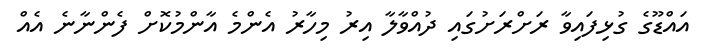
އައްޑޫގެ ގުޅިފައިވާ ރަށްރަށުގައި ދުއްވާލާ އިރު މިހާރު އެންމެ އާންމުކޮށް ފެންނާނެ އެއް